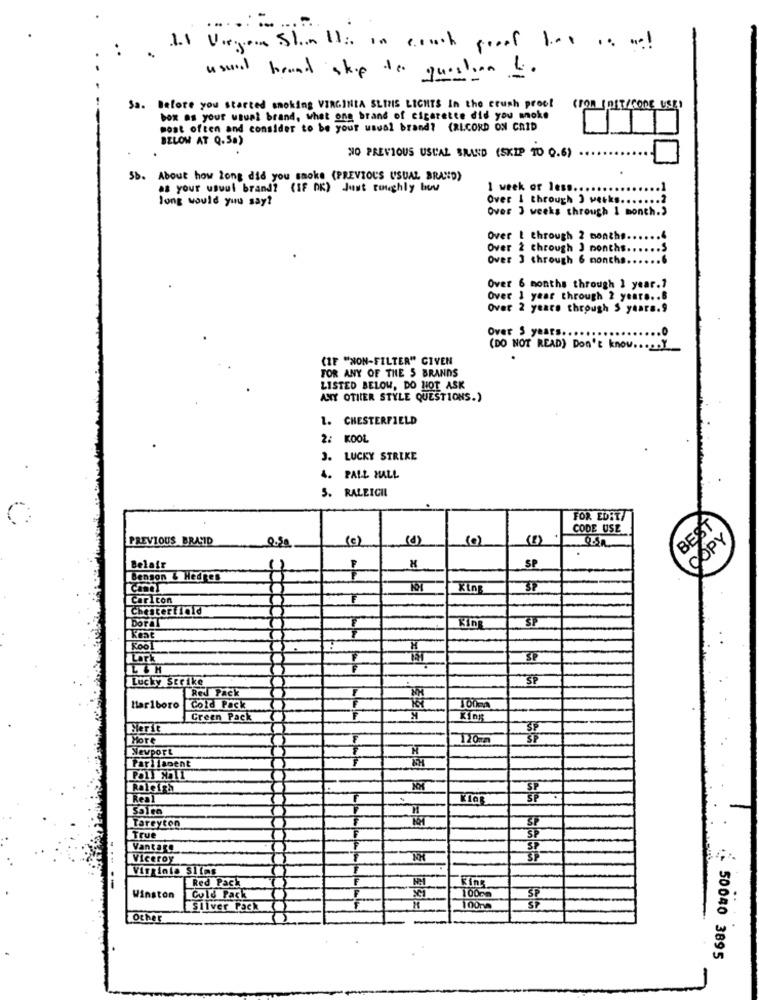
...... ... .
11 Virgen Shell: In couch proof het is wel
usura brand skip to question 1.
Sa. Before you started smoking VIRGINIA SLIMS LICHTS In the crush proof
(FOR IDET/CONE USE)
box as your usual brand, what ong brand of cigarette did you woke
most often and consider to be your usual brand? (RECORD ON CAID
BELOW AT Q.50)
NO PREVIOUS USUAL BRAND (SKIP TO 0.6)
Sb. About how long did you smoke (PREVIOUS USUAL BRAND)
es your uswul brand? (IF DK) Just roughly buw
1 week or less.
long would you say?
Over 1 through 3 werks ...
Over 3 weeks through 1 month."
Over ! through 2 months ..
Over 2 through 3 months ...... $
Over 3 through 6 months ...... 6
Over 6 months through 1 year .?
Over 1 year through 2 years .. 8
Over 2 years through 5 years.9
Over 5 year
(DO NOT READ) Don't know ......
(IF "NON-FILTER" GIVEN
FOR ANY OF THE 5 BRANDS
LISTED BELOW, DO NOT ASK
ANY OTHER STYLE QUESTIONS.)
1. CHESTERFIELD
2: KOOL
J. LUCKY STRIKE
4. PALL MALL
5. RALEIGH
FOR EDIT/
BEST
CODE USE
PREVIOUS BRASID
(e)
(0)
(8)
COPY
0.50
Belair
SP
Benson & Hedres
King
SP
Caricon
Chesterfield
Doral
SP
King
Kool
Lark
Lucky Strike
SP
Red Pack
Marlboro
Cold Pack
100m
Green Pack
King
Berit
Hore
720m
Newport
Parliament
Raleigh
NOX
SP
Real
Salen
Tareyton
True
Vantage
Viceroy
Virginia Sİlas
Red Pack
Winston
Gold Pack
Sliver Pack
Other
50040 3895